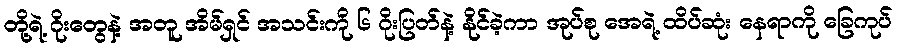
တို့ရဲ့ ဂိုးတွေနဲ့ အတူ အိမ်ရှင် အသင်းကို ၆ ဂိုးပြတ်နဲ့ နိုင်ခဲ့ကာ အုပ်စု အေရဲ့ ထိပ်ဆုံး နေရာကို ခြေကုပ်